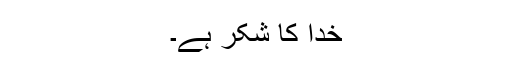
خدا کا شکر ہے۔